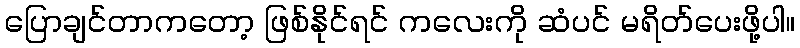
ပြောချင်တာကတော့ ဖြစ်နိုင်ရင် ကလေးကို ဆံပင် မရိတ်ပေးဖို့ပါ။